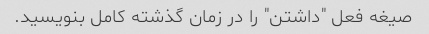
صیغه فعل "داشتن" را در زمان گذشته کامل بنویسید.